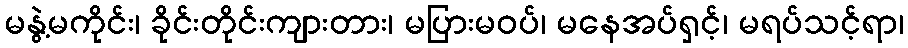
မနွဲ့မကိုင်း၊ ခိုင်းတိုင်းကျားတား၊ မပြားမဝပ်၊ မနေအပ်ရှင့်၊ မရပ်သင့်ရာ၊